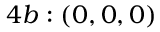
4 b : ( 0 , 0 , 0 )